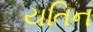
યતિન